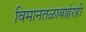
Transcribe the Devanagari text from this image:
विमानतळाबाहेरही